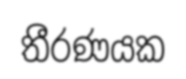
තීරණයක